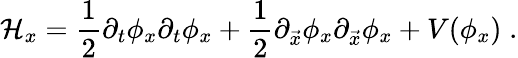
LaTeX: {\cal H}_{x}={\frac{1}{2}}\partial_{t}\phi_{x}\partial_{t}\phi_{x}+{\frac{1}{2}}\partial_{\vec{x}}\phi_{x}\partial_{\vec{x}}\phi_{x}+V(\phi_{x})\; .